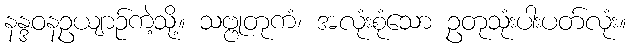
နန္ဒဝနဥယျာဉ်ကဲ့သို့။ သဗ္ဗုတုကံ၊ အလုံးစုံသော ဥတုသုံးပါးပတ်လုံး။